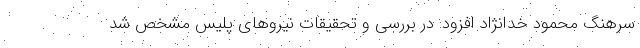
سرهنگ محمود خدانژاد افزود: در بررسی و تحقیقات نیروهای پلیس مشخص شد